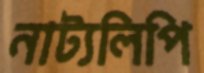
নাট্যলিপি